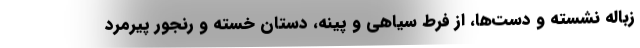
زباله نشسته و دست‌ها، از فرط سیاهی و پینه، دستان خسته و رنجور پیرمرد